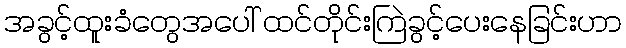
အခွင့်ထူးခံတွေအပေါ် ထင်တိုင်းကြဲခွင့်ပေးနေခြင်းဟာ